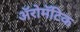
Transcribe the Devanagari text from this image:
अॅरोमॅटिक